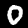
Digit: 0